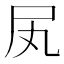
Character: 㞍